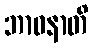
ဘာဝနာတိ